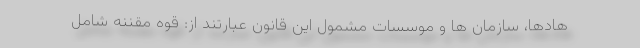
هادها، سازمان ها و موسسات مشمول این قانون عبارتند از: قوه مقننه شامل